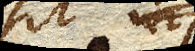
fuit in